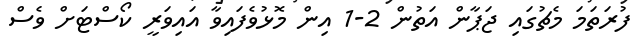
ފުރަތަމަ މެޗުގައި ޖަޕާން އަތުން 2-1 އިން މޮޅުވެފައިވާ އައިވަރީ ކޯސްޓަށް ވެސް